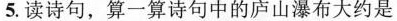
5.读诗句，算一算诗句中的庐山瀑布大约是